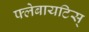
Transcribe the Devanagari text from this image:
फ्लेबायटिस्